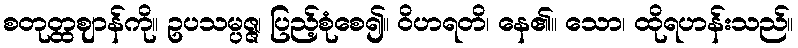
စတုတ္ထဈာန်ကို။ ဥပသမ္ပဇ္ဇ၊ ပြည့်စုံစေ၍။ ဝိဟရတိ၊ နေ၏။ သော၊ ထိုရဟန်းသည်။